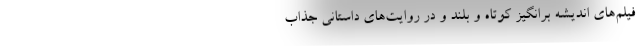
فیلم‌های اندیشه برانگیز کوتاه و بلند و در روایت‌های داستانی جذاب